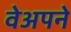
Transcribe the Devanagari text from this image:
वेअपने